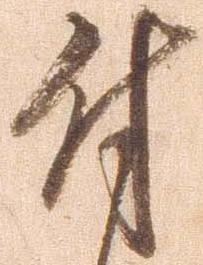
付